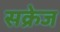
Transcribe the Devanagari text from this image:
सक्रेज